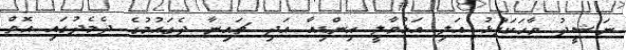
ނަޝީދު ވާހަކަފުޅު އަލި އަޅުވާލީ އިންޑިއާ އަދި ޗައިނާ ދެގައުމުގެ ދެމެދުގައި އޮތް